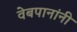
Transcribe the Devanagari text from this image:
वेबपानांनी